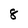
Character: 8